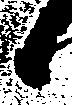
候